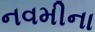
નવમીના